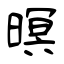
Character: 暝